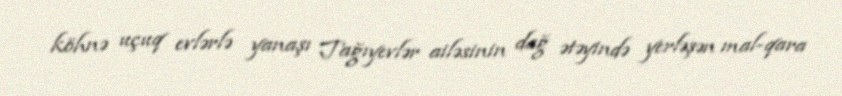
köhnə uçuq evlərlə yanaşı Tağıyevlər ailəsinin dağ ətəyində yerləşən mal-qara